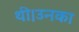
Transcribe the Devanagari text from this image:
थी।उनका